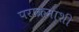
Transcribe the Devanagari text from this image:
पराक्रमाशी